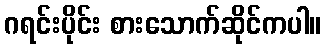
ဂရင်းပိုင်း စားသောက်ဆိုင်ကပါ။